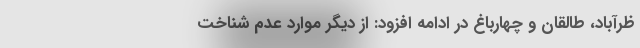
ظرآباد، طالقان و چهارباغ در ادامه افزود: از دیگر موارد عدم شناخت